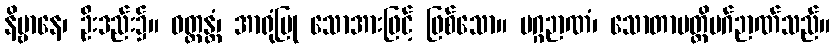
နိဗ္ဗာနေ၊ ဦးဒည်း၌။ ဝတ္တန္တံ၊ အာရုံပြု သောအားဖြင့် ဖြစ်သော။ မဂ္ဂဉာဏံ၊ သောတာပတ္တိမဂ်ဉာဏ်သည်။